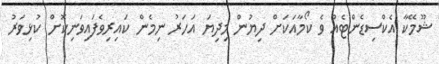
ޝޫމޭކާ އެކްސިޑެންޓެއް ވެ ކޯމާއަކަށް ދިޔުން މިދިޔަ އަހަރު ނިމެން ކައިރިވެފައިވަނިކޮށް ކުޅިވަރު